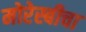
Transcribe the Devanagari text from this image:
मोरेस्बीचा